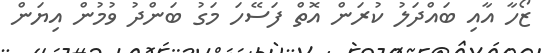
ޒޯހާ އާއި ބައްދަލު ކުރަން އޮތް ފަސޭހަ މަގު ބަންދު ވުމުން އިޔަން